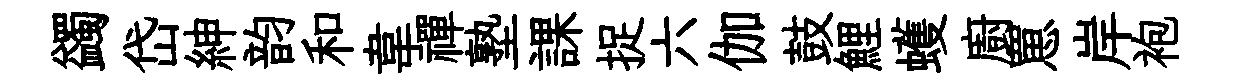
蠲岱紳韵和韋禪塾課捉六伽鼓鯉蠖廚罳岸袍